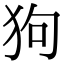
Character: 狗